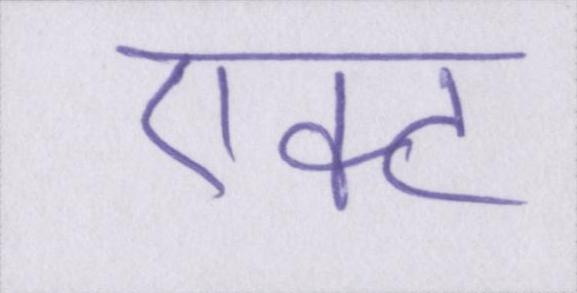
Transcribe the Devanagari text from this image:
एक्ट